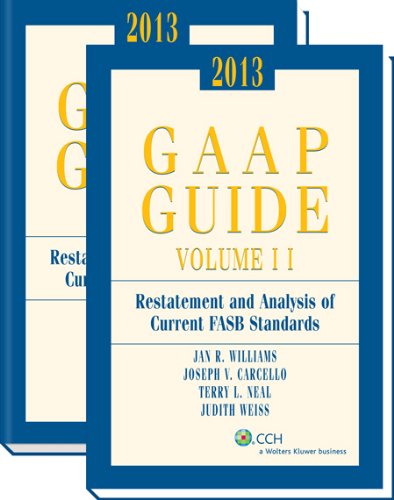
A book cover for GAAP Guide (2013); Ph.D., CPA Jan R. Williams; Business & Money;